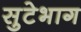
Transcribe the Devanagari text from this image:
सुटेभाग